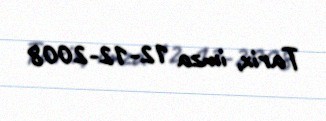
Tarix, imza 12-12-2008